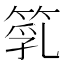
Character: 𥯇